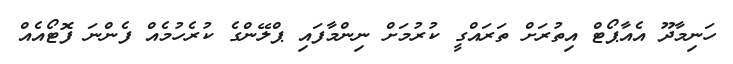
ހަނިމާދޫ އެއާޕޯޓް އިތުރަށް ތަރައްގީ ކުރުމަށް ނިންމާފައި ޕްލޭންގެ ކުރެހުމެއް ފެންނަ ފޮޓޯއެއް